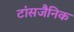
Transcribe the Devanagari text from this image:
टांसजैनिक